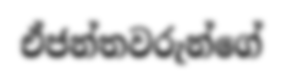
ඒජන්තවරුන්ගේ